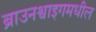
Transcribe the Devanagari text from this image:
ब्राउनश्वाइगमधील